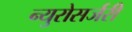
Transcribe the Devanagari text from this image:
न्युरोसर्जरी